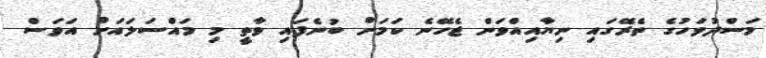
މަސްދުވަހުގެ ތެރޭގައި ނިޔާއިއްވަން ޖެހޭނެ ކަމަށް ބުނެފައި ވާތީ މި މައްސަލައަށް އަވަސް